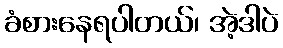
ခံစားနေရပါတယ်၊ အဲ့ဒါပဲ